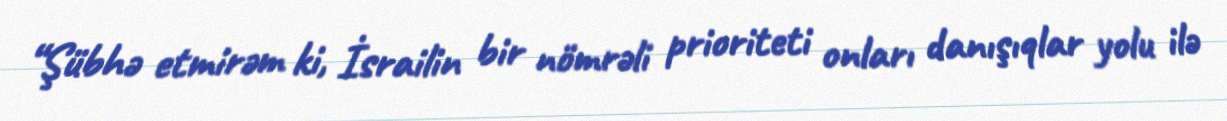
“Şübhə etmirəm ki, İsrailin bir nömrəli prioriteti onları danışıqlar yolu ilə